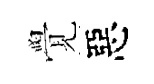
覺惡